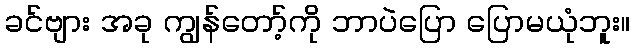
ခင်ဗျား အခု ကျွန်တော့်ကို ဘာပဲပြော ပြောမယုံဘူး။